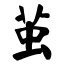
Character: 茧